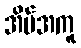
အိမ်အကူ